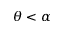
\theta < \alpha